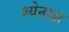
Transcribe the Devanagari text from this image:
श्येनाक्ष